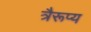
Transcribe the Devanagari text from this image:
त्रैरूप्य